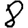
Digit: 8